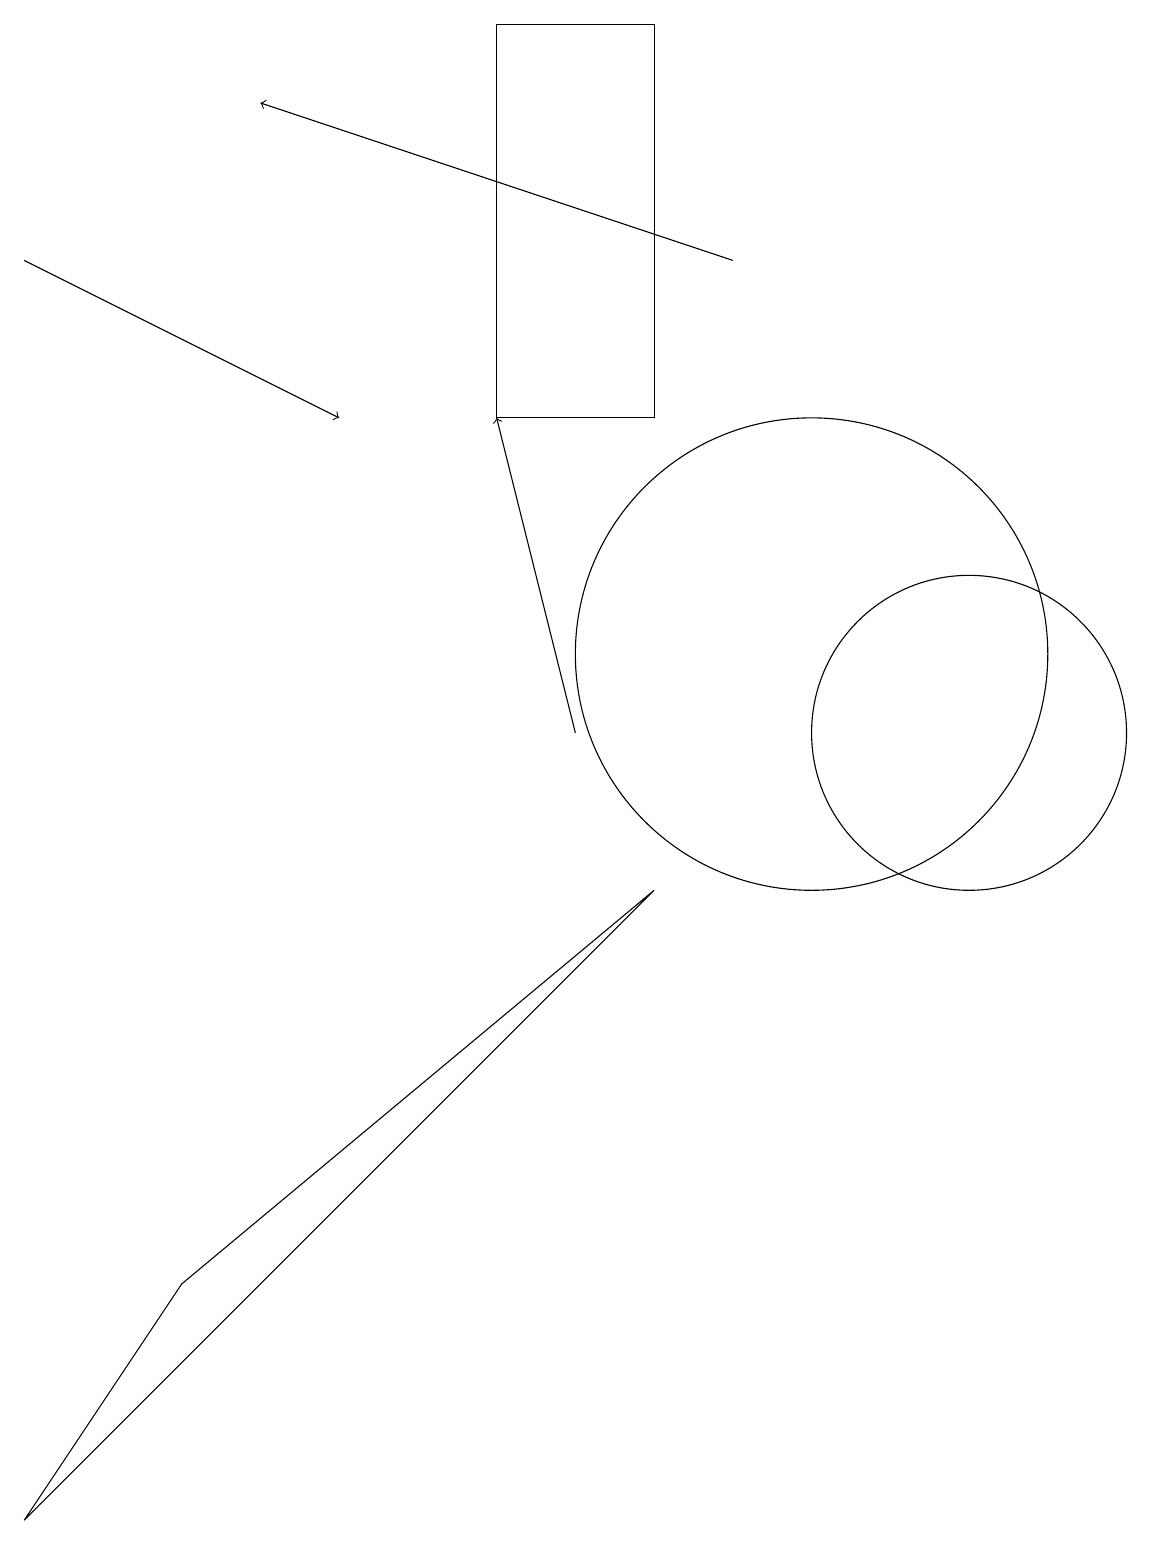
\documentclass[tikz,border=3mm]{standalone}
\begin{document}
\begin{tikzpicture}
\draw (10,11) circle (3);
\draw (2,3) -- (8,8) -- (0,0) -- cycle;
\draw (12,10) circle (2);
\draw[->] (0,16) -- (4,14);
\draw[->] (9,16) -- (3,18);
\draw[->] (7,10) -- (6,14);
\draw (8,19) rectangle (6,14);
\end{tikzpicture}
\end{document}